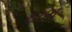
દાળ